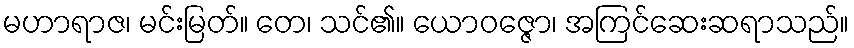
မဟာရာဇ၊ မင်းမြတ်။ တေ၊ သင်၏။ ယောဝဇ္ဇော၊ အကြင်ဆေးဆရာသည်။